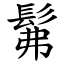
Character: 髴